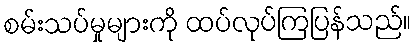
စမ်းသပ်မှုများကို ထပ်လုပ်ကြပြန်သည်။